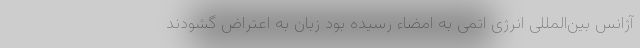
آژانس بین‌المللی انرژی اتمی به امضاء رسیده بود زبان به اعتراض گشودند